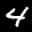
Label: 4